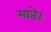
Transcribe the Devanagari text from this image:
माते।